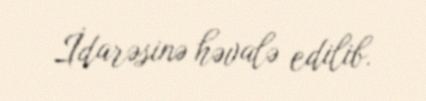
İdarəsinə həvalə edilib.